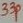
Text: 33p